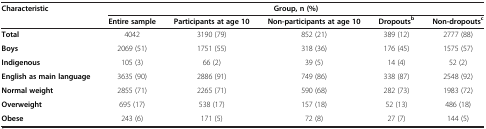
<table><thead><tr><td rowspan="2"><b>Characteristic</b></td><td colspan="5"><b>Group, n (%)</b></td></tr><tr><td><b>Entire sample</b></td><td><b>Participants at age 10</b></td><td><b>Non-participants at age 10</b></td><td><b>Dropouts<sup>b</sup></b></td><td><b>Non-dropouts<sup>c</sup></b></td></tr></thead><tbody><tr><td><b>Total</b></td><td>4042</td><td>3190 (79)</td><td>852 (21)</td><td>389 (12)</td><td>2777 (88)</td></tr><tr><td><b>Boys</b></td><td>2069 (51)</td><td>1751 (55)</td><td>318 (36)</td><td>176 (45)</td><td>1575 (57)</td></tr><tr><td><b>Indigenous</b></td><td>105 (3)</td><td>66 (2)</td><td>39 (5)</td><td>14 (4)</td><td>52 (2)</td></tr><tr><td><b>English as main language</b></td><td>3635 (90)</td><td>2886 (91)</td><td>749 (86)</td><td>338 (87)</td><td>2548 (92)</td></tr><tr><td><b>Normal weight</b></td><td>2855 (71)</td><td>2265 (71)</td><td>590 (68)</td><td>282 (73)</td><td>1983 (72)</td></tr><tr><td><b>Overweight</b></td><td>695 (17)</td><td>538 (17)</td><td>157 (18)</td><td>52 (13)</td><td>486 (18)</td></tr><tr><td><b>Obese</b></td><td>243 (6)</td><td>171 (5)</td><td>72 (8)</td><td>27 (7)</td><td>144 (5)</td></tr></tbody></table>